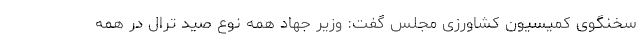
سخنگوی کمیسیون کشاورزی مجلس گفت: وزیر جهاد همه نوع صید ترال در همه